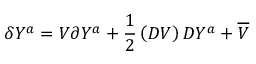
\delta Y ^ { a } = V \partial Y ^ { a } + \frac { 1 } { 2 } \left( D V \right) D Y ^ { a } + \overline { { { V } } }